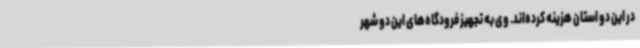
در این دو استان هزینه کرده‌اند. وی به تجهیز فرودگاه‌های این دو شهر